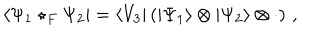
LaTeX: \langle \Psi _ { 1 } \star _ { F } \Psi _ { 2 } | = \langle V _ { 3 } | \left( | \Psi _ { 1 } \rangle \otimes | \Psi _ { 2 } \rangle \otimes \cdot \right) \, ,